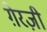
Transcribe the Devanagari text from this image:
ग़ेरज़ी